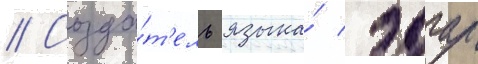
// Созда́т'ель языка́ эдгар